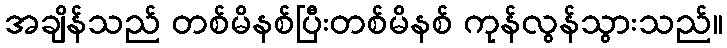
အချိန်သည် တစ်မိနစ်ပြီးတစ်မိနစ် ကုန်လွန်သွားသည်။